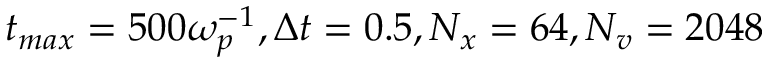
t _ { m a x } = 5 0 0 \omega _ { p } ^ { - 1 } , \Delta t = 0 . 5 , N _ { x } = 6 4 , N _ { v } = 2 0 4 8